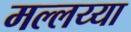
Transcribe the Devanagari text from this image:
मल्लय्या